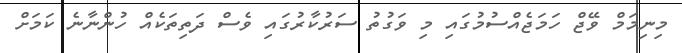
މިނިމަމް ވޭޖް ހަމަޖެއްސުމުގައި މި ވަގުތު ސަރުކާރުގައި ވެސް ދަތިތަކެއް ހުންނާނެ ކަމަށް